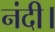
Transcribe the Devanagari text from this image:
नंदी।